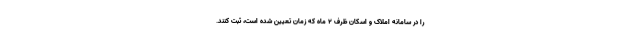
را در سامانه املاک و اسکان ظرف ۲ ماه که زمان تعیین شده است، ثبت کنند.